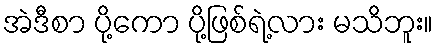
အဲဒီစာ ပို့ကော ပို့ဖြစ်ရဲ့လား မသိဘူး။